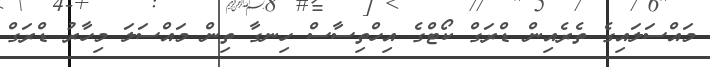
މައްސަލައިގެ ތެރެއިން ޑްރަގް ކޯޓްގެ އިހްތިސާސް ހިނގާ ތިން މައްސަލަ މިހާރު ޑްރަގް